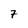
Character: 7